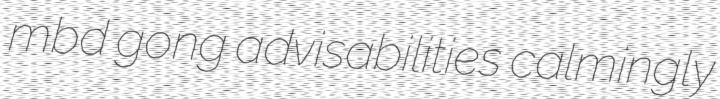
mbd gong advisabilities calmingly